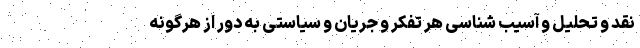
نقد و تحلیل و آسیب شناسی هر تفکر و جریان و سیاستی به دور از هرگونه